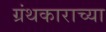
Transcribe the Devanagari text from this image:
ग्रंथकाराच्या